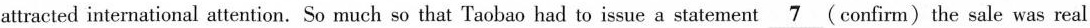
attracted international attention. So much so that Taobao had to issue a statement\underline{7} (confirm)the sale was real